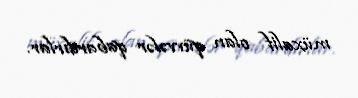
müxalif olan qüvvələr qabardırlar.